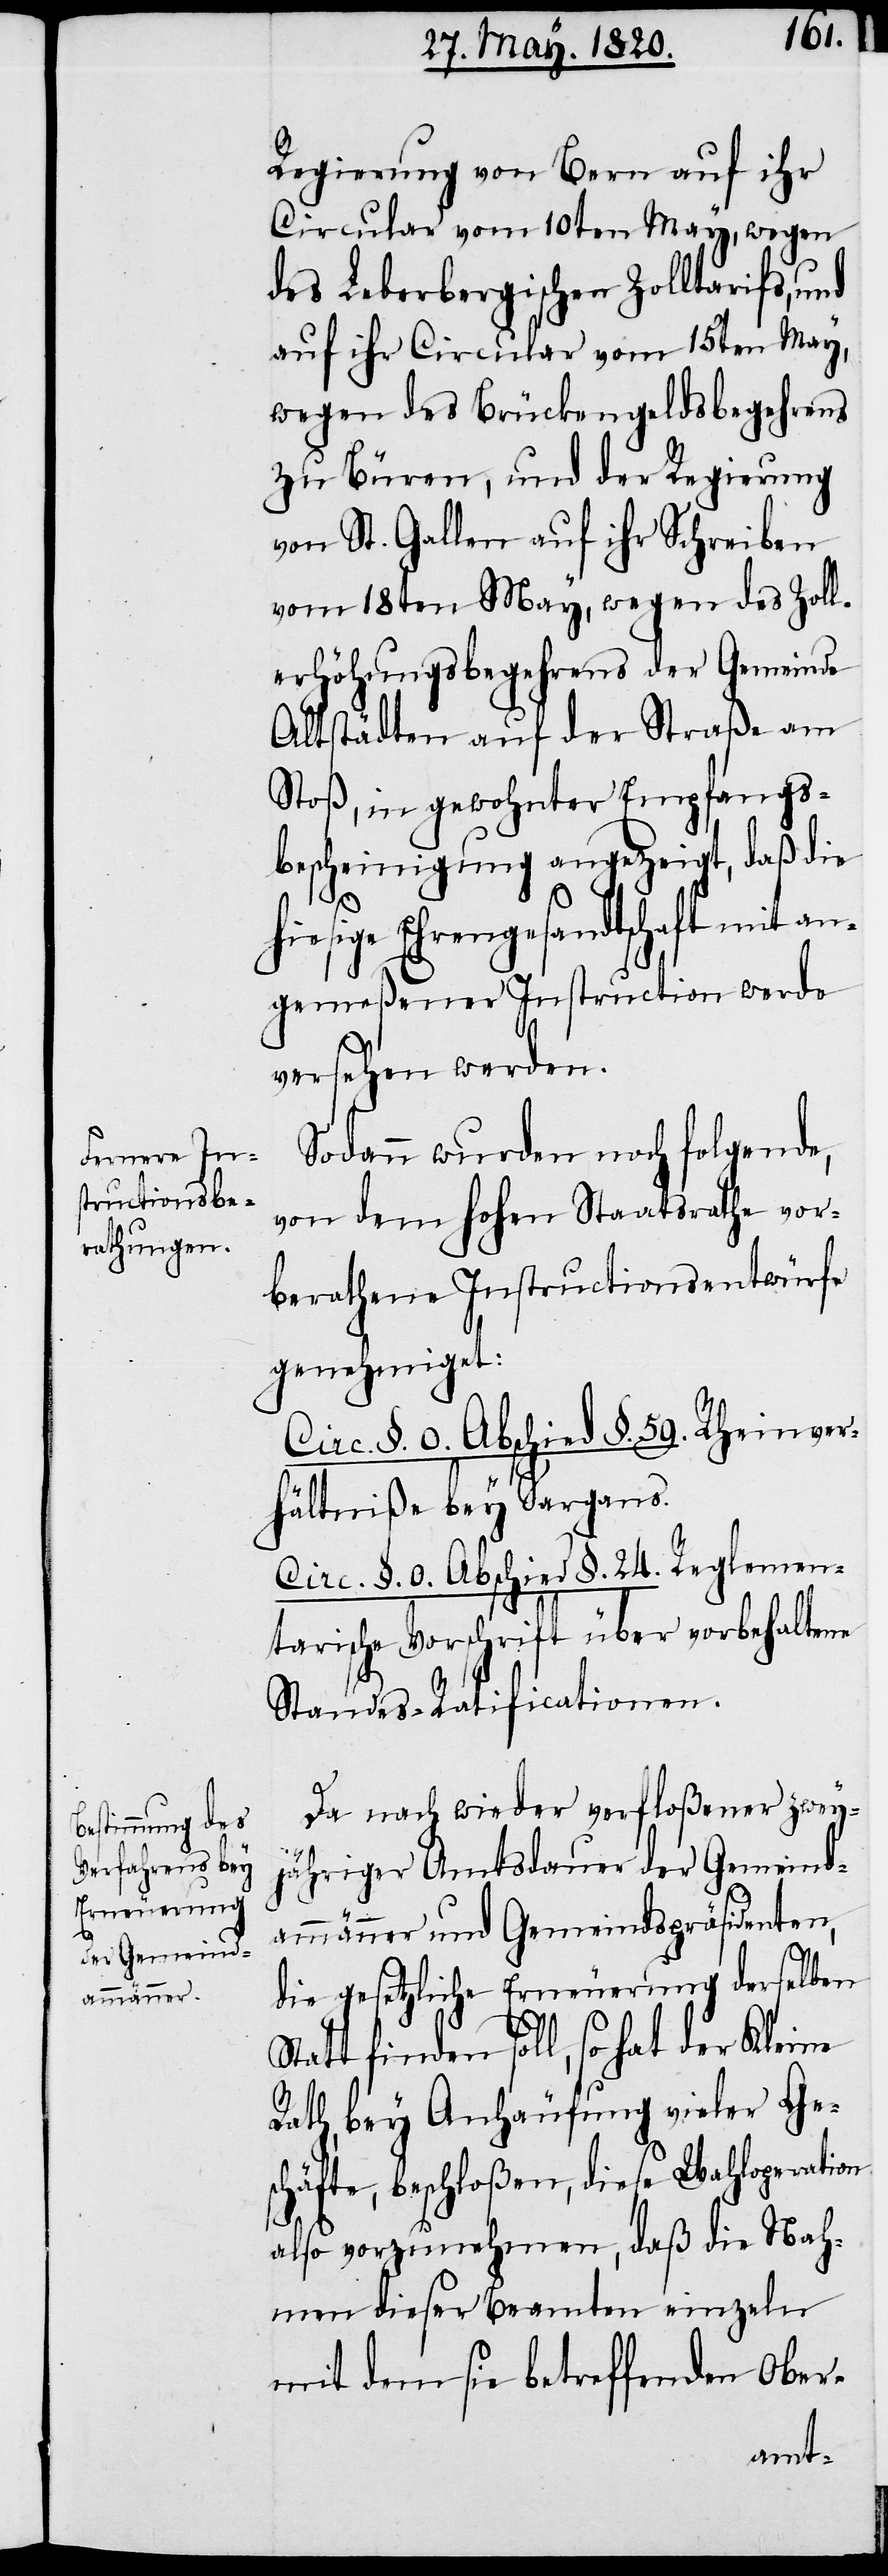
Regierung von Bern auf ihr
Circular vom 10ten May, wegen
des Leberbergischen Zolltarifs, und
auf ihr Circular vom 15ten May,
wegen des Brückengeldsbegehrens
zu Büren, und der Regierung
von St. Gallen auf ihr Schreiben
vom 18ten May, wegen des Zoll¬
erhöhungsbegehrens der Gemeinde
Altstädten auf der Straße am
Stoß, in gewohnter Empfangs¬
bescheinigung angezeigt, daß die
hiesige Ehrengesandtschaft mit an¬
gemeßener Instruction werde
versehen werden.
Sodann wurden noch folgende,
von dem hohen Staatsrathe vor¬
berathene Instructionsentwürfe
genehmiget:
Circ. §. 0. Abschied §. 59. Rheinver¬
hältniße bey Sargans.
Circ. §. 0. Abschied §. 24. Reglemen¬
tarische Vorschrift über vorbehaltene
Standes-Ratificationen.
Da nach wieder verfloßener zwey¬
jähriger Amtsdauer der Gemeind¬
ammänner und Gemeindspräsidenten,
die gesetzliche Erneuerung derselben
Statt finden soll, so hat der Kleine
Rath, bey Anhäufung vieler Ge¬
schäfte, beschloßen, diese Wahloperation
also vorzunehmen, daß die Nah¬
men dieser Beamten einzeln
mit dem sie betreffenden Ober-